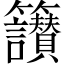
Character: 𥸝